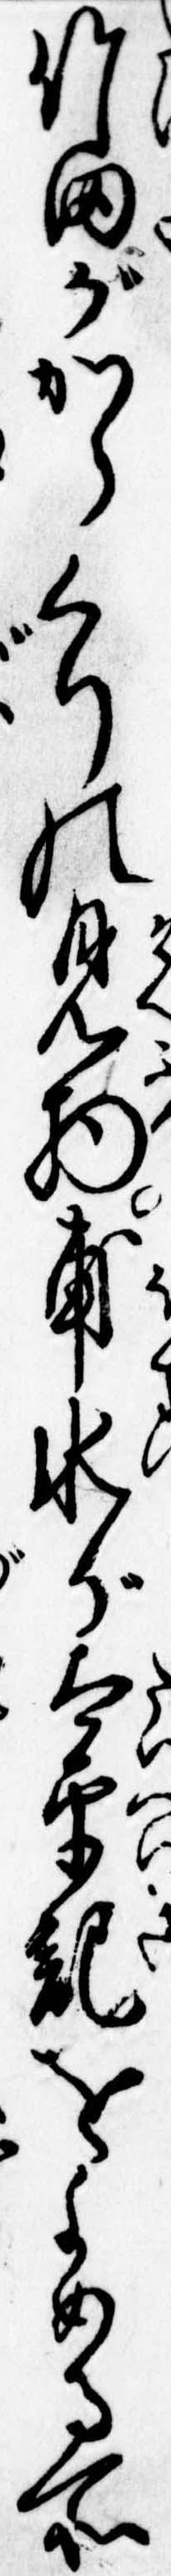
竹田がからくりの見物甫水が太平記をよめる所